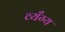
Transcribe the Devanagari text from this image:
व्यँग्य